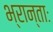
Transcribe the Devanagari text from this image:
भ्रान्ताः